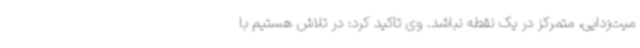
میت‌زدایی، متمرکز در یک نقطه نباشد. وی تاکید کرد: در تلاش هستیم با